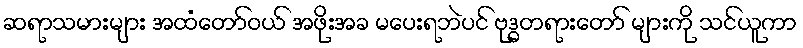
ဆရာသမားများ အထံတော်ဝယ် အဖိုးအခ မပေးရဘဲပင် ဗုဒ္ဓတရားတော် များကို သင်ယူကာ